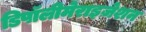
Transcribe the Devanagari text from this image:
डिपॉलीमेराइज़ेशन